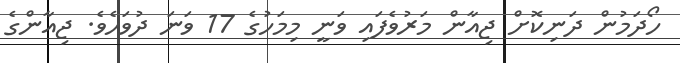
ހޯދަމުން ދަނިކޮށް ޖިއާން މަރުވެފައި ވަނީ މިމަހުގެ 17 ވަނަ ދުވަހެވެ. ޖިއާންގެ